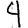
Digit: 4